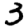
Digit: 3